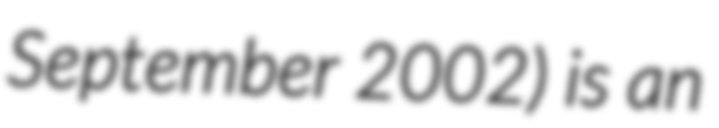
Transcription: September 2002) is an